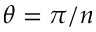
\theta = \pi / n